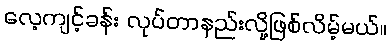
လေ့ကျင့်ခန်း လုပ်တာနည်းလို့ဖြစ်လိမ့်မယ်။